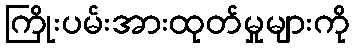
ကြိုးပမ်းအားထုတ်မှုများကို